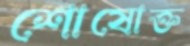
শোষোক্ত